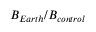
B _ { E a r t h } / B _ { c o n t r o l }